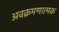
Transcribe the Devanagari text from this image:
अवक्रमणात्मक